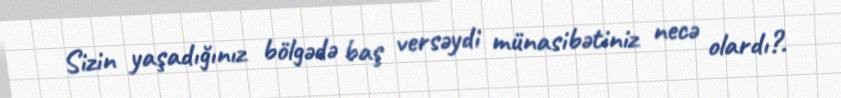
Sizin yaşadığınız bölgədə baş versəydi münasibətiniz necə olardı?.